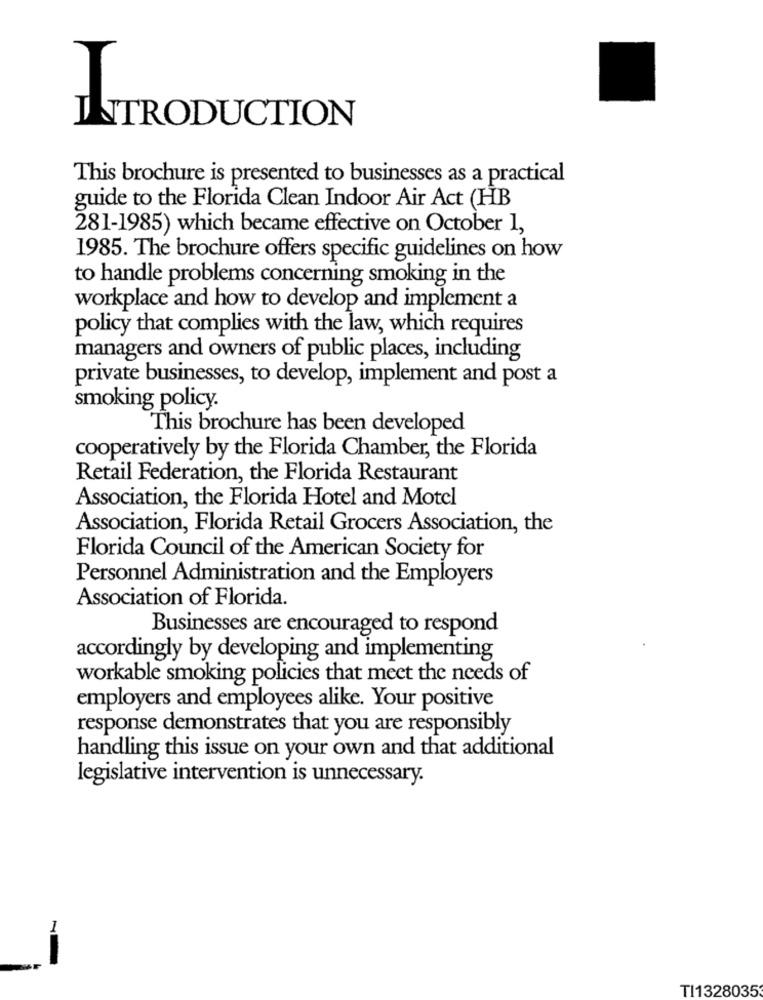
INTRODUCTION
This brochure is presented to businesses as a practical
guide to the Florida Clean Indoor Air Act (HB
281-1985) which became effective on October 1,
1985. The brochure offers specific guidelines on how
to handle problems concerning smoking in the
workplace and how to develop and implement a
policy that complies with the law, which requires
managers and owners of public places, including
private businesses, to develop, implement and post a
smoking policy.
This brochure has been developed
cooperatively by the Florida Chamber, the Florida
Retail Federation, the Florida Restaurant
Association, the Florida Hotel and Motel
Association, Florida Retail Grocers Association, the
Florida Council of the American Society for
Personnel Administration and the Employers
Association of Florida.
Businesses are encouraged to respond
accordingly by developing and implementing
workable smoking policies that meet the needs of
employers and employees alike. Your positive
response demonstrates that you are responsibly
handling this issue on your own and that additional
legislative intervention is unnecessary.
--
TI1328035